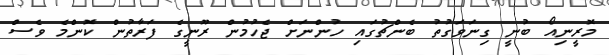
މޮރީނިއޯ ބުނީ ގިނަވަގުތު ބެންޗުގައި ހުންނަށް ޖެހުމުން ރޫނީގެ ފަރާތުން ކޮންމެ ވެސް